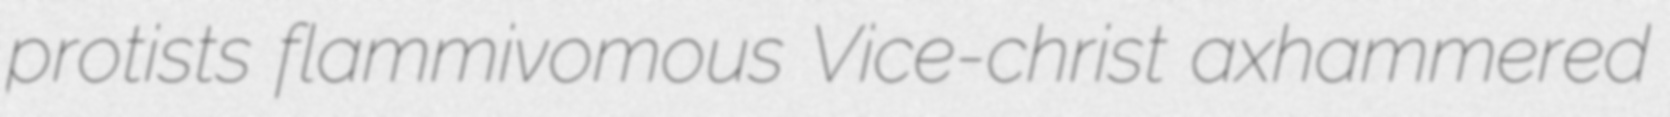
protists flammivomous Vice-christ axhammered